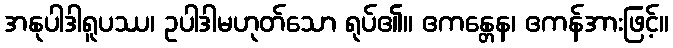
အနုပါဒါရူပဿ၊ ဥပါဒါမဟုတ်သော ရုပ်၏။ ဧကန္တေန၊ ဧကန်အားဖြင့်။